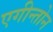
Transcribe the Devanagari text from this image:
एगीन्तोन